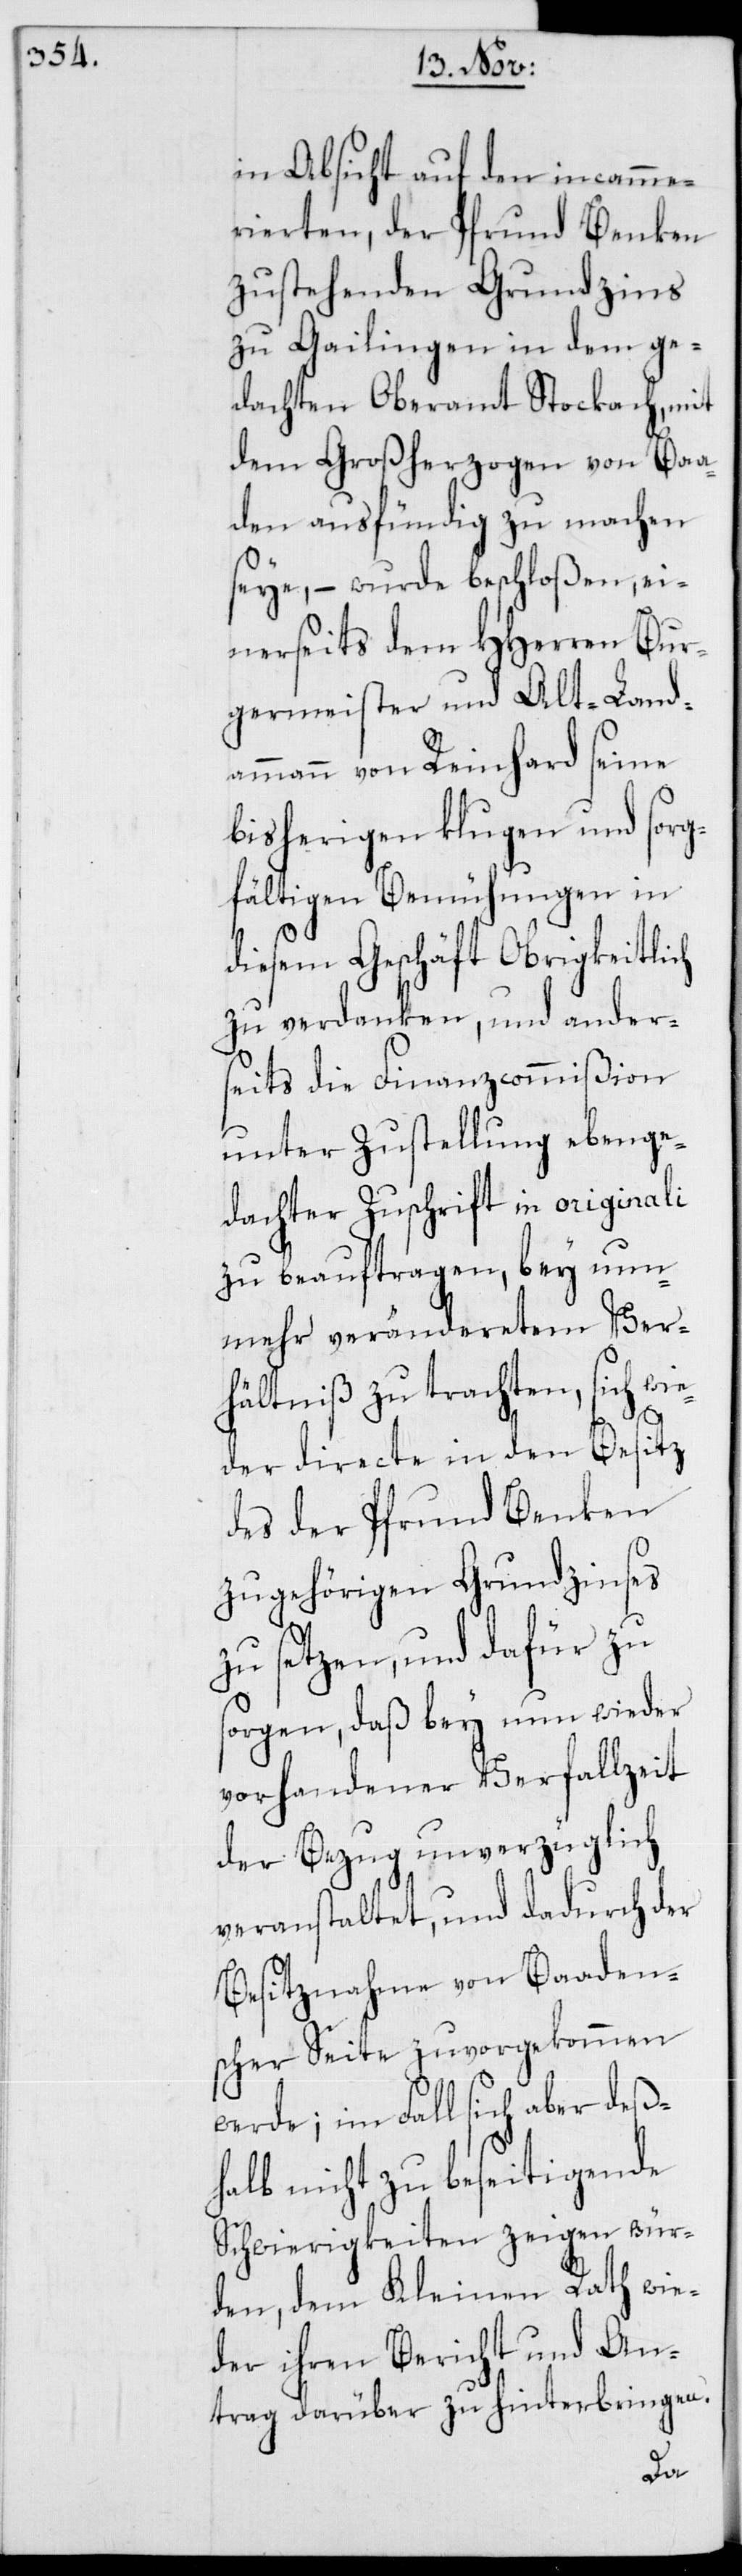
in Absicht auf den incamme¬
rierten, der Pfrund Benken
zustehenden Grundzins
zu Gailingen in dem ge¬
dachten Oberamt Stockach, mit
dem Großherzogen von Baa¬
den ausfündig zu machen
seye, – wurde beschloßen, ei¬
nerseits dem HHerren Bur¬
germeister und Alt-Land¬
ammann von Reinhard seine
bisherigen klugen und sorg¬
fältigen Bemühungen in
diesem Geschäft Obrigkeitlich
zu verdanken, und ander¬
seits die Finanzcommißion
unter Zustellung ebenge¬
dachter Zuschrift in originali
zu beauftragen, bey nun¬
mehr veränderetem Ver¬
hältniß zu trachten, sich wie¬
der directe in den Besitz
des der Pfrund Benken
zugehörigen Grundzinses
zu setzen, und dafür zu
sorgen, daß bey nun wieder
vorhandener Verfallzeit
der Bezug unverzüglich
veranstaltet, und dadurch der
Besitznahme von Baaden¬
scher Seite zuvorgekommen
werde; im Fall sich aber deßh¬
alb nicht zu beseitigende
Schwierigkeiten zeigen wür¬
den, dem Kleinen Rath wie¬
der ihren Bericht und An¬
trag darüber zu hinterbringen.